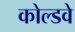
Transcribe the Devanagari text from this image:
कोल्डवे